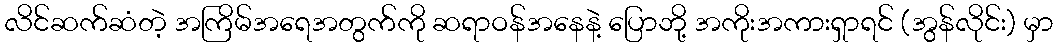
လိင်ဆက်ဆံတဲ့ အကြိမ်အရေအတွက်ကို ဆရာဝန်အနေနဲ့ ပြောဘို့ အကိုးအကားရှာရင် (အွန်လိုင်း) မှာ